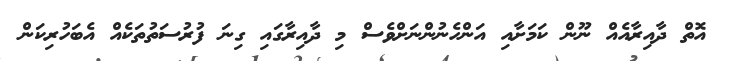
އޮތް ދާއިރާއެއް ނޫން ކަމަށާއި އަންހެނުންނަށްވެސް މި ދާއިރާގައި ގިނަ ފުރުސަތުތަކެއް އެބަހުރިކަން